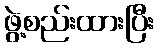
ဖွဲ့စည်းထားပြီး